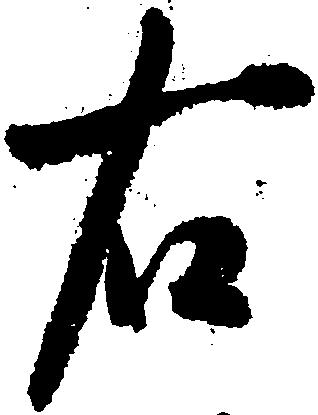
右